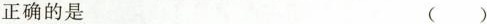
正确的是 ( )